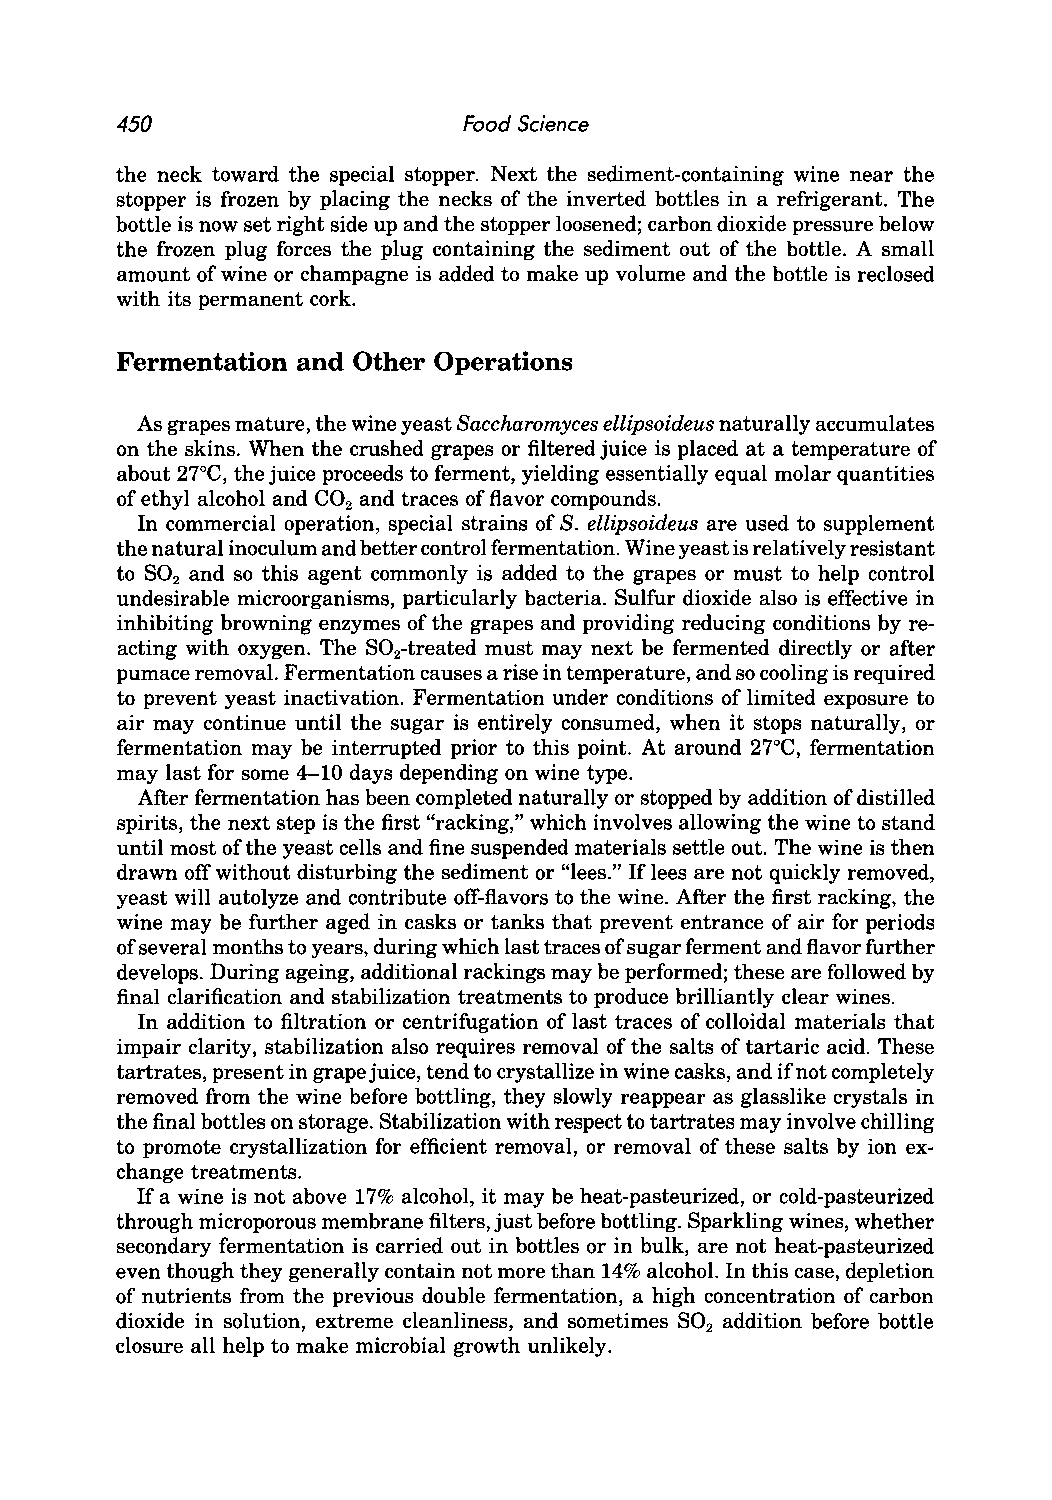
450                    Food Science
 the neck toward the special stopper. Next the sediment-containing wine near the
 stopper is frozen by placing the necks of the inverted bottles in a refrigerant. The
 bottle is now set right side up and the stopper loosened; carbon dioxide pressure below
 the frozen plug forces the plug containing the sediment out of the bottle. A small
 amount of wine or champagne is added to make up volume and the bottle is reclosed
 with its permanent cork.
 Fermentation and Other Operations
 As grapes mature, the wine yeast Saccharomyces ellipsoideus naturally accumulates
 on the skins. When the crushed grapes or filtered juice is placed at a temperature of
 about 27°C, the juice proceeds to ferment, yielding essentially equal molar quantities
 of ethyl alcohol and CO2 and traces of flavor compounds.
 In commercial operation, special strains of S. ellipsoideus are used to supplement
 the natural inoculum and better control fermentation. Wine yeast is relatively resistant
 to S02 and so this agent commonly is added to the grapes or must to help control
 undesirable microorganisms, particularly bacteria. Sulfur dioxide also is effective in
 inhibiting browning enzymes of the grapes and providing reducing conditions by re
 acting with oxygen. The S02-treated must may next be fermented directly or after
 pumace removal. Fermentation causes a rise in temperature, and so cooling is required
 to prevent yeast inactivation. Fermentation under conditions of limited exposure to
 air may continue until the sugar is entirely consumed, when it stops naturally, or
 fermentation may be interrupted prior to this point. At around 27°C, fermentation
 may last for some 4-10 days depending on wine type.
 After fermentation has been completed naturally or stopped by addition of distilled
 spirits, the next step is the first "racking," which involves allowing the wine to stand
 until most of the yeast cells and fine suspended materials settle out. The wine is then
 drawn off without disturbing the sediment or "lees." If lees are not quickly removed,
 yeast will autolyze and contribute off-flavors to the wine. After the first racking, the
 wine may be further aged in casks or tanks that prevent entrance of air for periods
 of several months to years, during which last traces of sugar ferment and flavor further
 develops. During ageing, additional rackings may be performed; these are followed by
 final clarification and stabilization treatments to produce brilliantly clear wines.
 In addition to filtration or centrifugation of last traces of colloidal materials that
 impair clarity, stabilization also requires removal of the salts of tartaric acid. These
 tartrates, present in grape juice, tend to crystallize in wine casks, and if not completely
 removed from the wine before bottling, they slowly reappear as glasslike crystals in
 the final bottles on storage. Stabilization with respect to tartrates may involve chilling
 to promote crystallization for efficient removal, or removal of these salts by ion ex
 change treatments.
 If a wine is not above 17% alcohol, it may be heat-pasteurized, or cold-pasteurized
 through microporous membrane filters, just before bottling. Sparkling wines, whether
 secondary fermentation is carried out in bottles or in bulk, are not heat-pasteurized
 even though they generally contain not more than 14% alcohol. In this case, depletion
 of nutrients from the previous double fermentation, a high concentration of carbon
 dioxide in solution, extreme cleanliness, and sometimes S02 addition before bottle
 closure all help to make microbial growth unlikely.